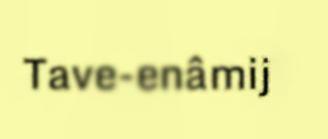
Tave-enâmij